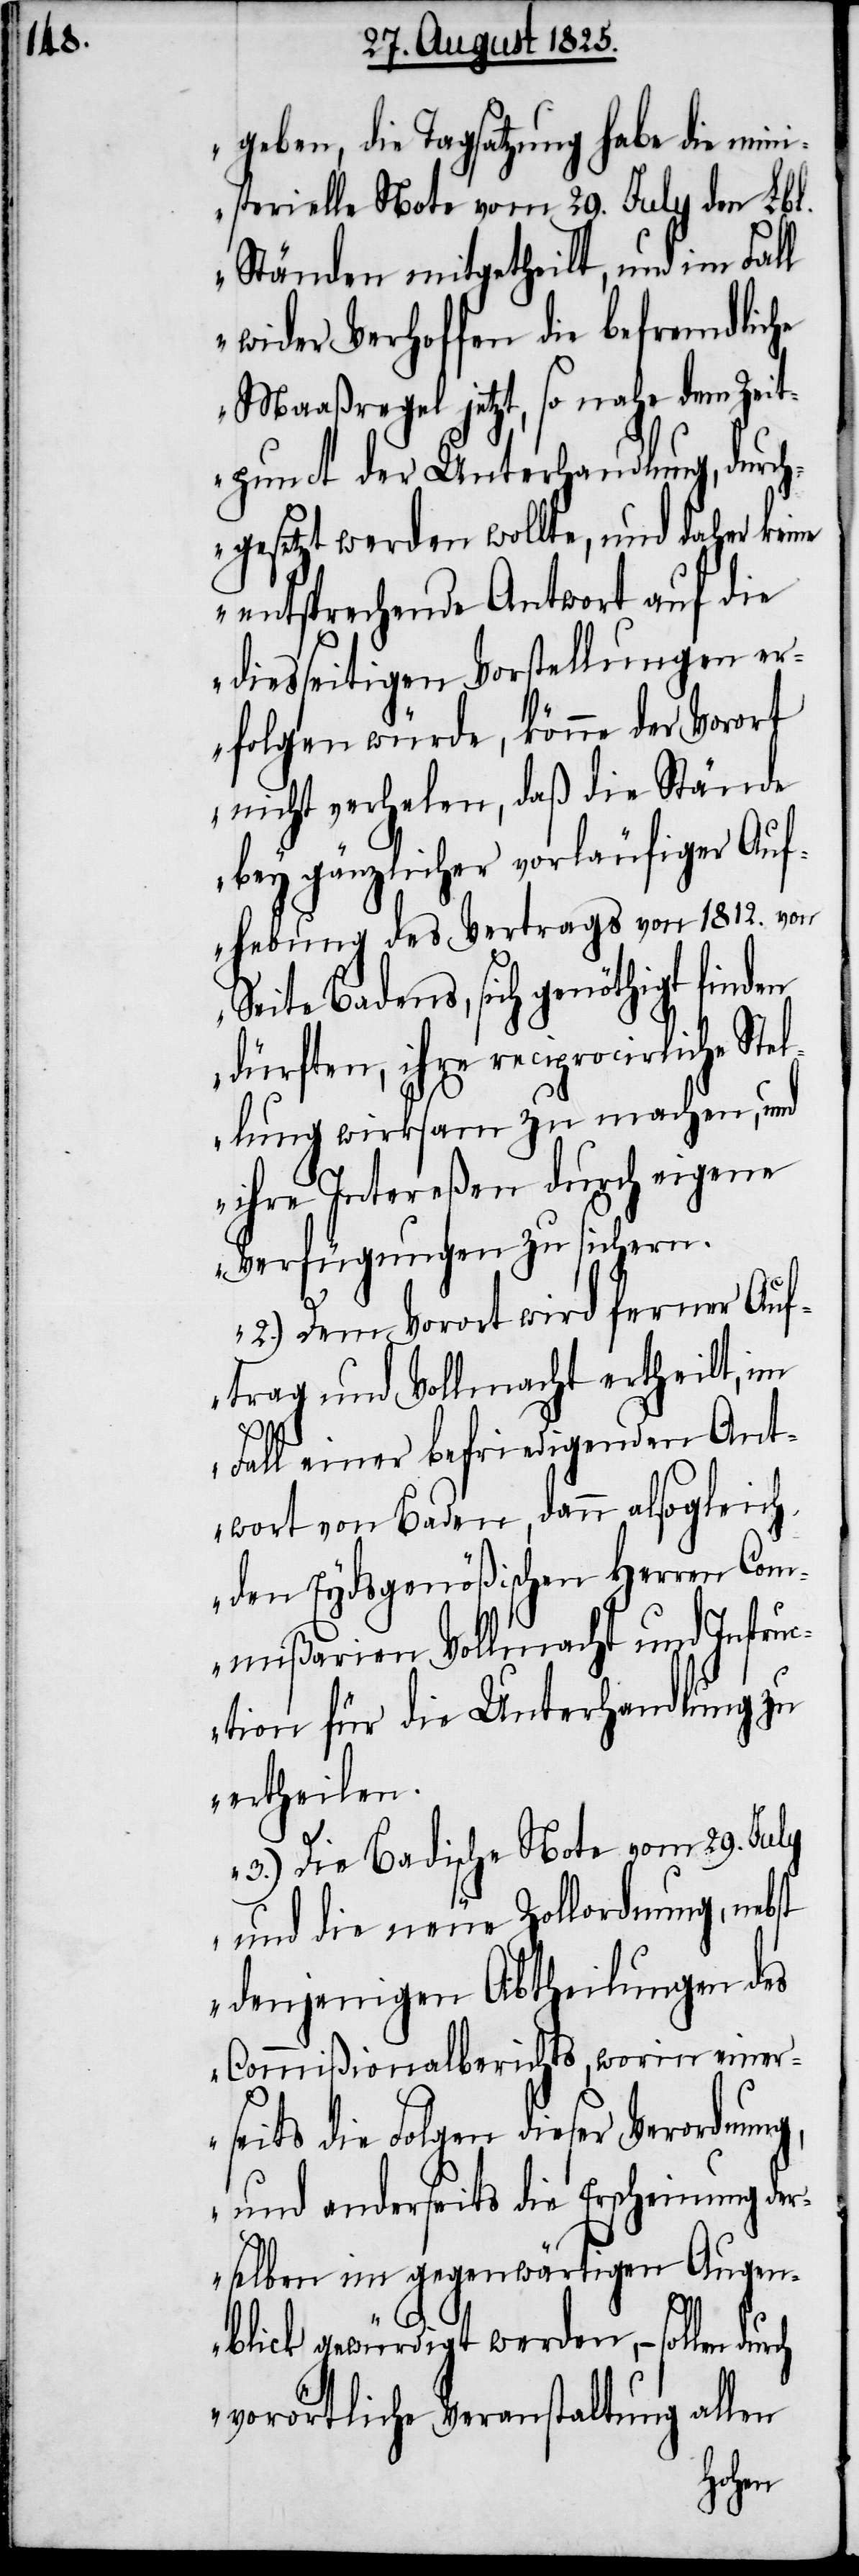
geben, die Tagsatzung habe die mini¬
sterielle Note vom 29. July den Lbl.
Ständen mitgetheilt, und im Fall
wider Verhoffen die befremdliche
Maaßregel jetzt, so nahe dem Zeit¬
punct der Unterhandlung, durch¬
gesetzt werden wollte, und daher keine
entsprechende Antwort auf die
diesseitigen Vorstellungen er¬
folgen würde, könne der Vorort
nicht verhelen, daß die Stände
bey gänzlicher vorläufiger Auf¬
hebung des Vertrags von 1812. von
Seite Badens, sich genöthigt finden
dürften, ihre reciprocirliche St¬
ellung wirksam zu machen, und
ihre Intereßen durch eigene
Verfügungen zu sichern.
2.) Dem Vorort wird ferner Auf¬
trag und Vollmacht ertheilt, im
Fall einer befriedigenden Ant¬
wort von Baden, dann also gleich,
den Eydsgenößischen Herren Com¬
ißarien Vollmacht und Instru¬
ction für die Unterhandlung zu
ertheilen.
3.) Die Badische Note vom 29. July
und die neue Zollordnung, nebst
denjenigen Abtheilungen des
Commißionalberichts, worin einer¬
seits die Folgen dieser Verordnung,
und anderseits die Erscheinung der¬
selben im gegenwärtigen Augen¬
blick gewürdigt werden, – sollen dur¬
vorörtliche Veranstaltung allen
ch